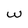
Character: w